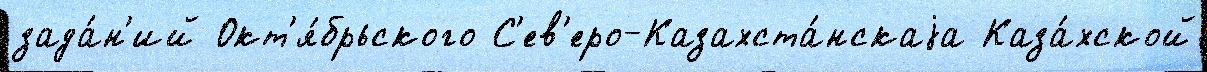
зада́н'ий Окт'я́брьского С'ев'еро-Казахста́нскаjа Каза́хской